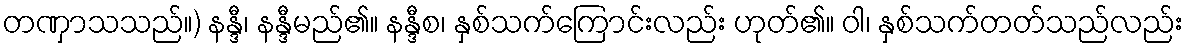
တဏှာသသည်။) နန္ဒီ၊ နန္ဒီမည်၏။ နန္ဒီစ၊ နှစ်သက်ကြောင်းလည်း ဟုတ်၏။ ဝါ၊ နှစ်သက်တတ်သည်လည်း